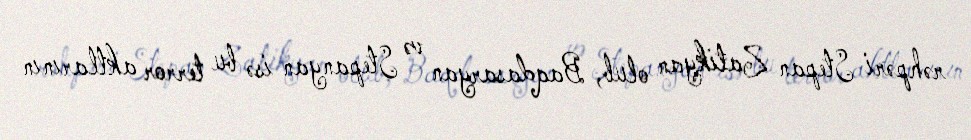
rəhpəri Stepan Zatikyan olub, Baqdasaryan və Stepanyan isə bu terror aktlarının